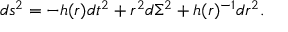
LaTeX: d s ^ { 2 } = - h ( r ) d t ^ { 2 } + r ^ { 2 } d \Sigma ^ { 2 } + h ( r ) ^ { - 1 } d r ^ { 2 } .